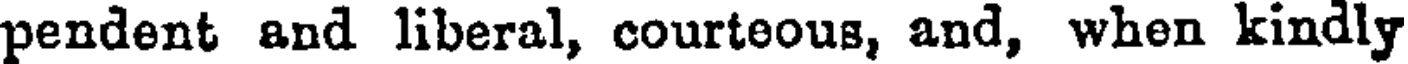
pendent and liberal, courteous, and, when kindly